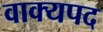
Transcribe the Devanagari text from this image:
वाक्यपद